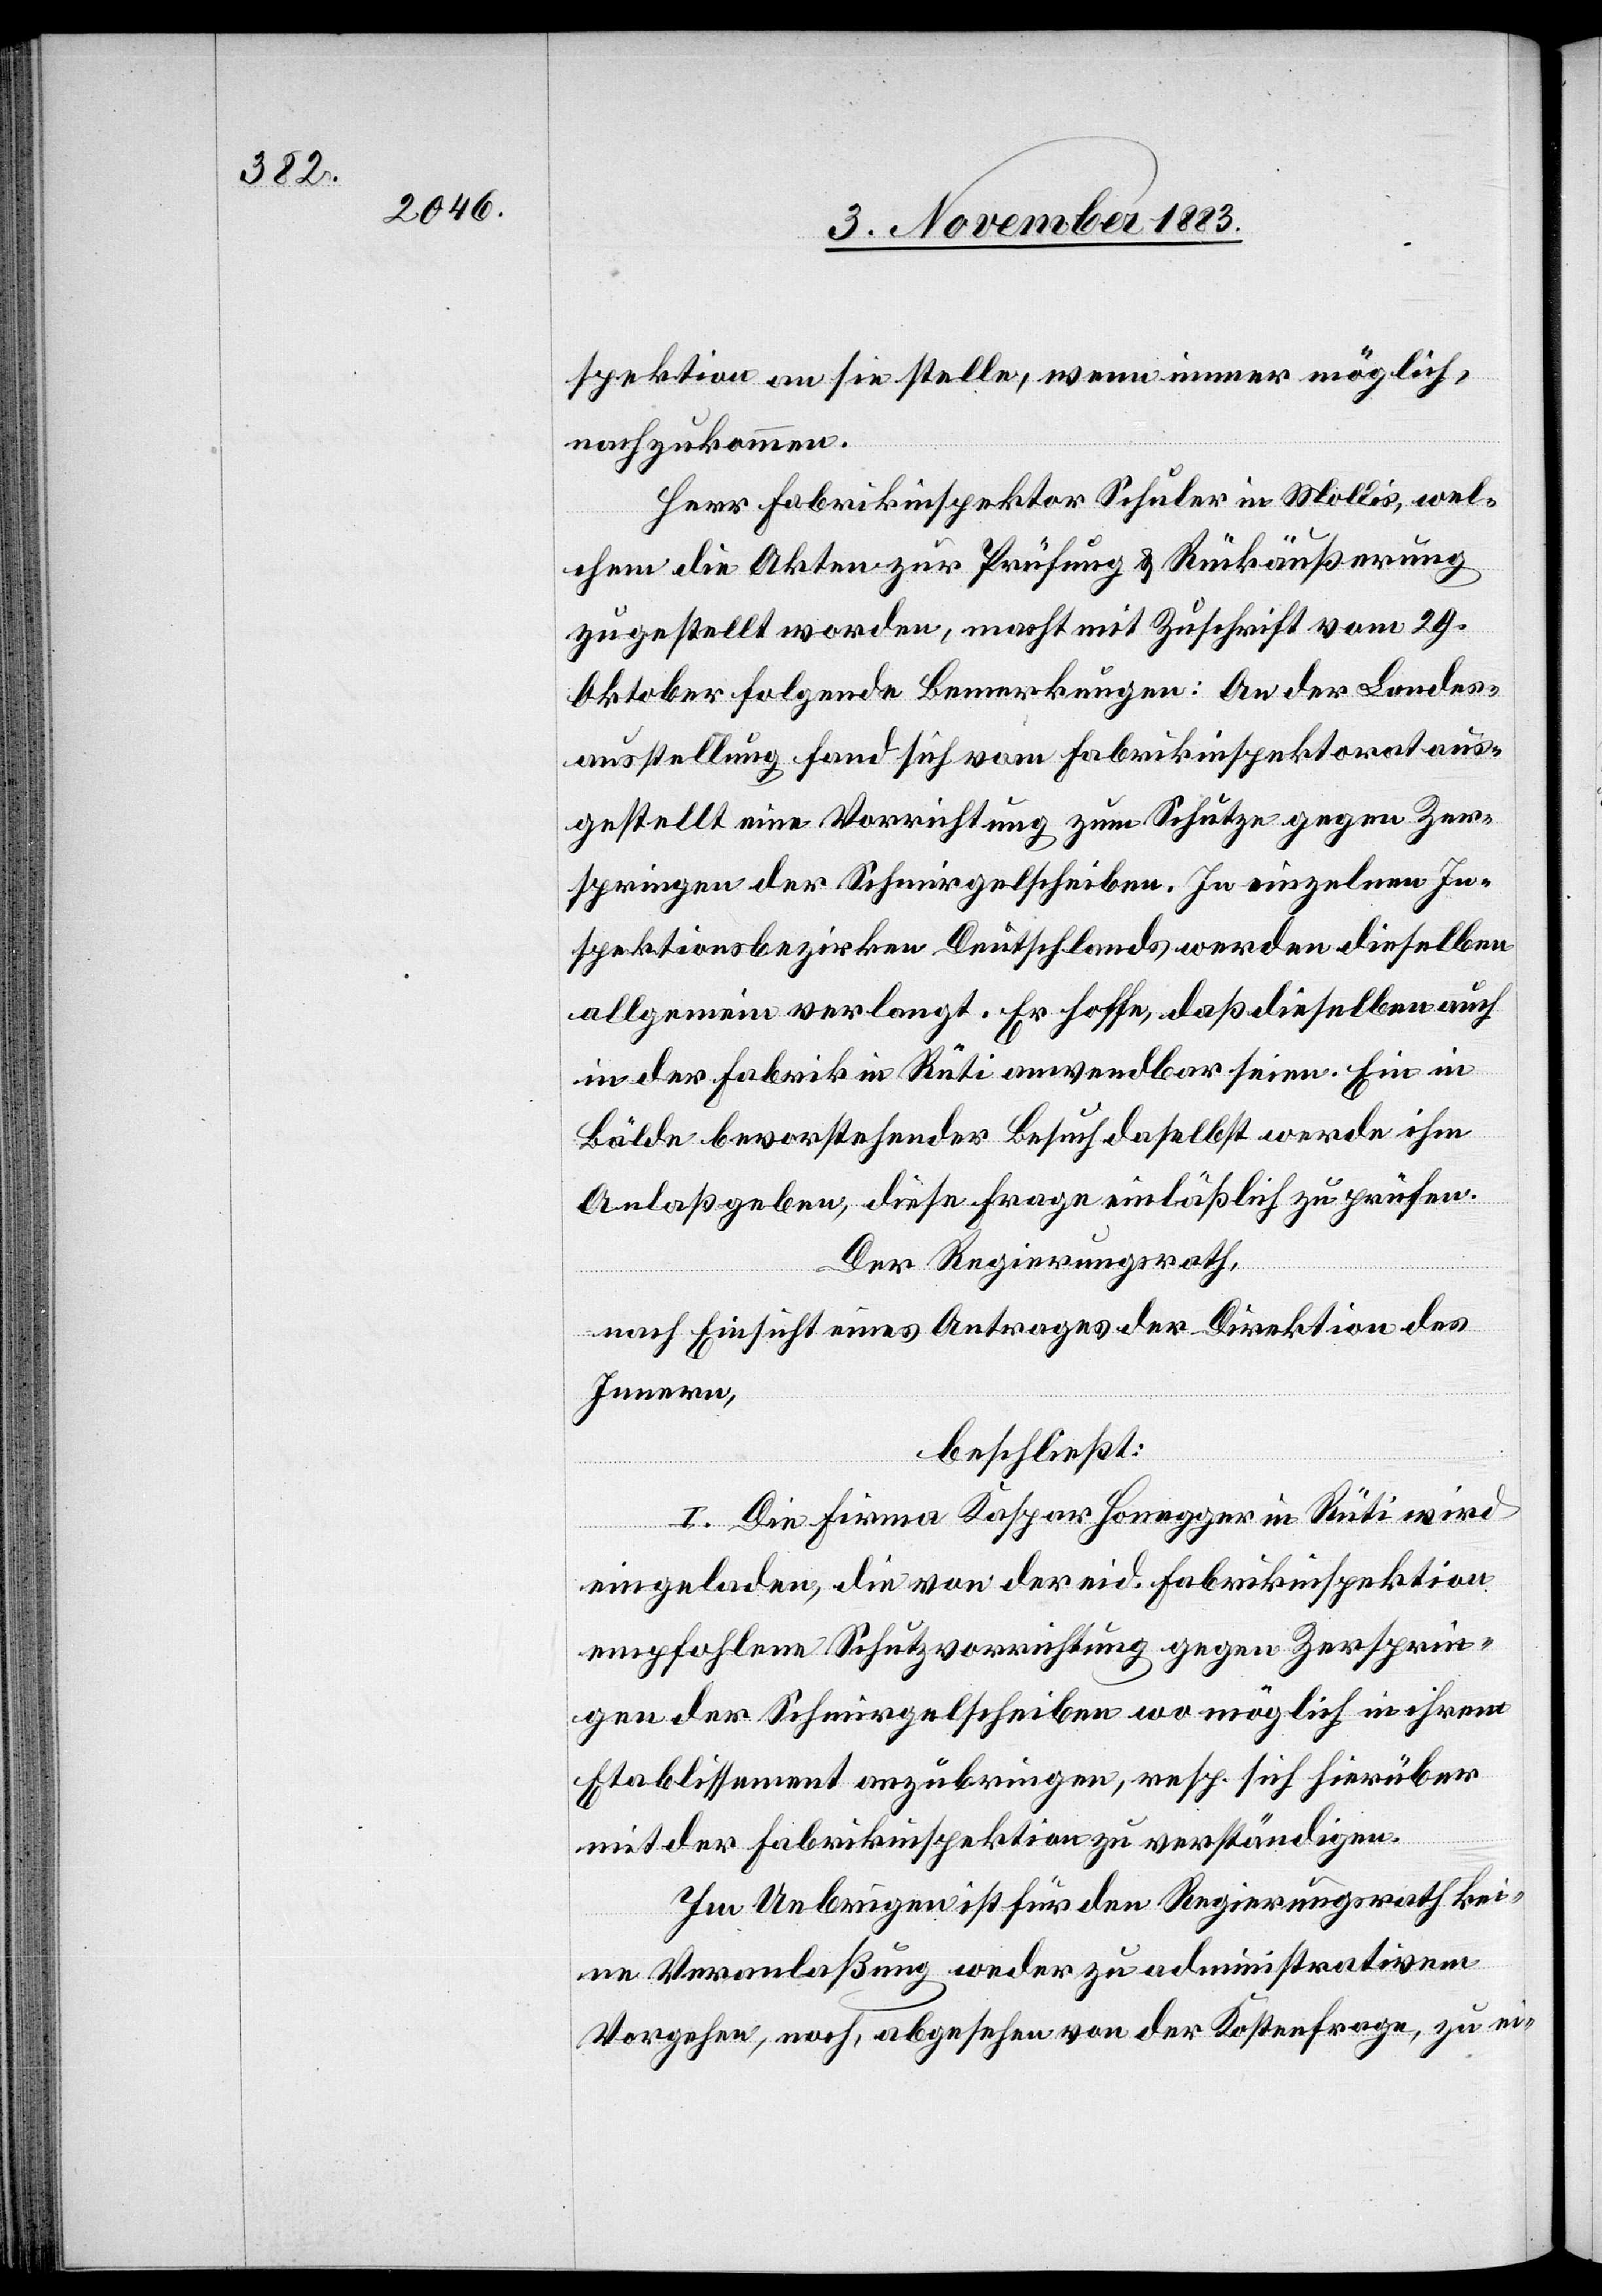
spektion an sie stelle, wenn immer möglich
nachzukommen.
Herr Fabrikinspektor Schuler in Mollis, wel¬
chem die Akten zur Prüfung & Rückäußerung
zugestellt worden, macht mit Zuschrift vom 29.
Oktober folgende Bemerkungen: An der Landes¬
ausstellung fand sich vom Fabrikinspektorat aus¬
gestellt eine Vorrichtung zum Schutze gegen Zer¬
springen der Schmirgelscheiben. In einzelnen In¬
spektionsbezirken Deutschlands werden dieselben
allgemein verlangt. Er hoffe, daß dieselben auch
in der Fabrik in Rüti anwendbar seien. Ein in
Bälde bevorstehender Besuch daselbst werden ihm
Anlaß geben, diese Frage einläßlich zu prüfen.
Der Regierungsrath,
nach Einsicht eines Antrages der Direktion des
Innern,
beschließt:
I. Die Firma Kaspar Honegger in Rüti wird
eingeladen, die von der eid. Fabrikinspektion
empfohlene Schutzvorrichtung gegen Zersprin¬
gen der Schmirgelscheiben wo möglich in ihrem
Etablissement anzubringen, resp. sich hierüber
mit der Fabrikinspektion zu verständigen.
Im Uebrigen ist für den Regierungsrath kei¬
ne Veranlaßung weder zu administrativem
Vorgehen, noch, abgesehen von der Kostenfrage, zu ei-